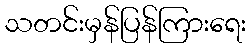
သတင်းမှန်ပြန်ကြားရေး